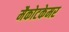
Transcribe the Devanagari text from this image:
मैकोटकेमर